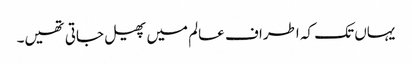
یہاں تک کہ اطراف عالم میں پھیل جاتی تھیں۔